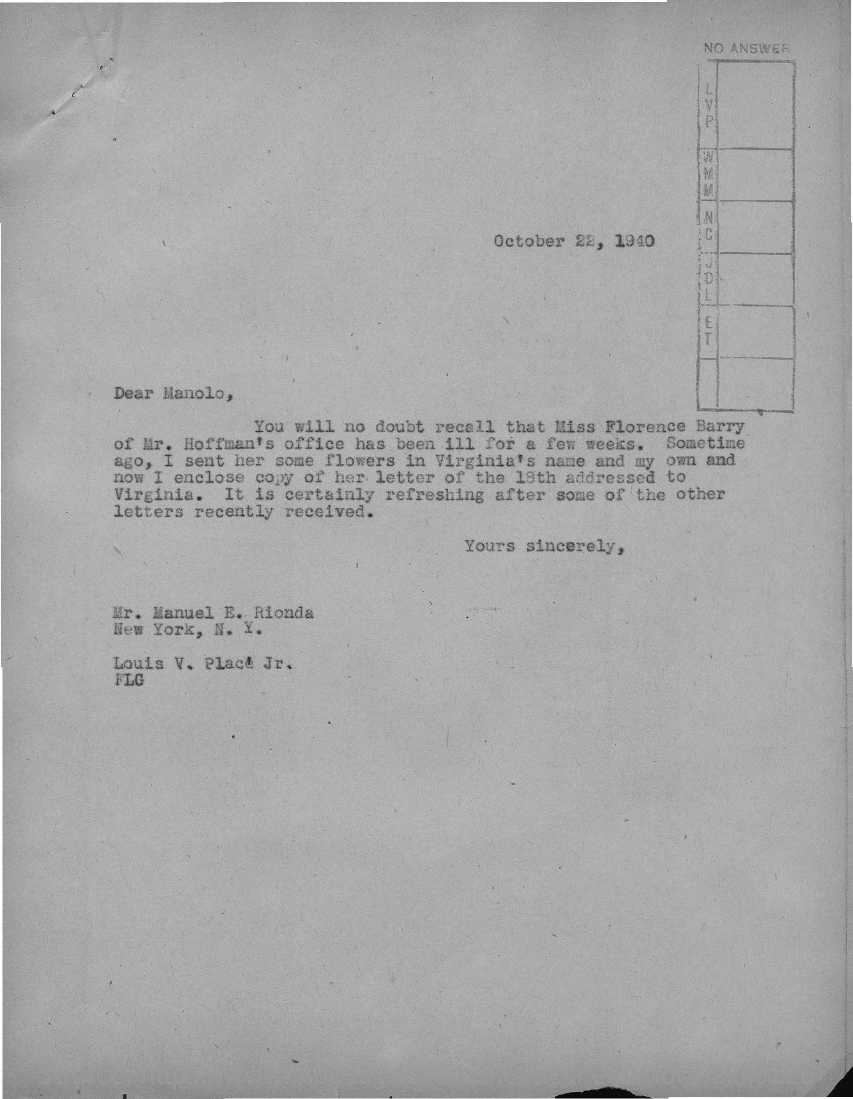
NO ANSWER
     October 22, 1940
     Dear Manolo,
     You will no doubt recall that Miss Florence Barry
     of Mr. Hoffman's office has been ill for a few weeks. Sometime
     ago, I sent her some flowers in Virginia's name and my own and
     now I enclose copy of her letter of the 18th addressed to
     Virginia. It is certainly refreshing after some of the other
     letters recently received.
     Yours sincerely,
     Mr. Manuel E. Rionda
     New York, N. Y.
     Louis V. Place Jr.
     FLG
   Source: https://www.industrydocuments.ucsf.edu/docs/zkfl0226